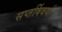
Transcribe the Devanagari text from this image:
सप्तर्षिवर्या